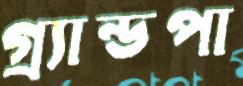
গ্র্যান্ডপা